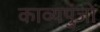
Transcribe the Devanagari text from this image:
काव्यपुंजों